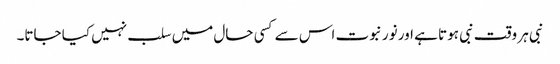
نبی ہر وقت نبی ہوتا ہے اور نور نبوت اس سے کسی حال میں سلب نہیں کیا جاتا۔